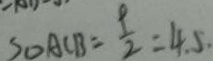
S _ { \Delta A C B } = \frac { 9 } { 2 } = 4 . 5 .